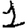
Digit: 1